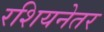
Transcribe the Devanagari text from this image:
रशियनेतर